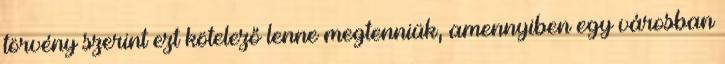
törvény szerint ezt kötelező lenne megtenniük, amennyiben egy városban